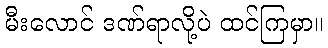
မီးလောင် ဒဏ်ရာလို့ပဲ ထင်ကြမှာ။